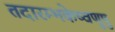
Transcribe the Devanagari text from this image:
तदारम्भकेष्वणुषु